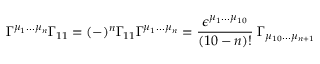
\Gamma ^ { \mu _ { 1 } . . . \mu _ { n } } \Gamma _ { 1 1 } = ( - ) ^ { n } \Gamma _ { 1 1 } \Gamma ^ { \mu _ { 1 } . . . \mu _ { n } } = { \frac { \epsilon ^ { \mu _ { 1 } . . . \mu _ { 1 0 } } } { ( 1 0 - n ) ! } } \; \Gamma _ { \mu _ { 1 0 } . . . \mu _ { n + 1 } }